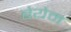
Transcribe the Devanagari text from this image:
बेयेम